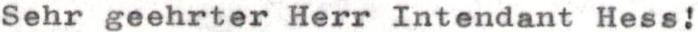
Sehr geehrter Herr Intendant Hess!